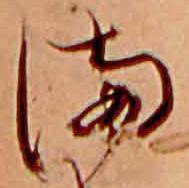
ま